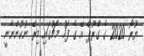
ޔޫރޯ 2020 ގެ ގްރޫޕް އޭ ގެ ފަހު މެޗުގައި މިރޭ ނުކުންނާނީ